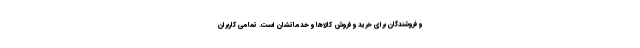
و فروشندگان برای خرید و فروش کالاها و خدماتشان است. تمامی کاربران